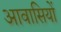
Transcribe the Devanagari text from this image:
आवासियों